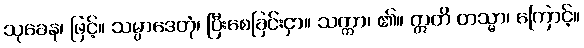
သုခေန၊ ဖြင့်။ သမ္ပာဒေတုံ၊ ပြီးစေခြင်းငှာ။ သက္ကာ၊ ၏။ ဣတိ တသ္မာ၊ ကြောင့်။